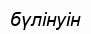
бүлінуін